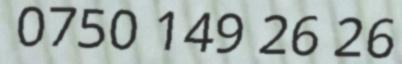
0750 149 26 26